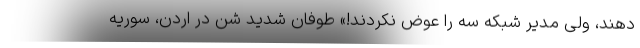
دهند، ولی مدیر شبکه سه را عوض نکردند!» طوفان شدید شن در اردن، سوریه